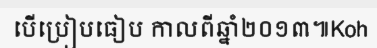
បើប្រៀបធៀប កាលពីឆ្នាំ២០១៣៕Koh